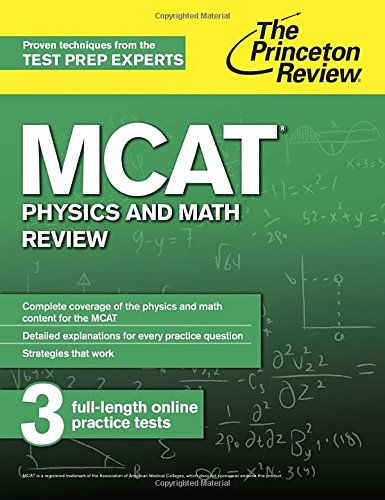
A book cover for MCAT Physics and Math Review: New for MCAT 2015 (Graduate School Test Preparation); Princeton Review; Test Preparation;